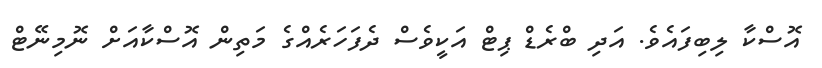
އޮސްކާ ލިބިފައެވެ. އަދި ބްރެޑް ޕިޓް އަކީވެސް ދެފަހަރެއްގެ މަތިން އޮސްކާއަށް ނޮމިނޭޓް